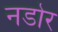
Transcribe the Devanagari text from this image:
नडोर